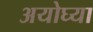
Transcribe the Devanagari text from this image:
अयोघ्या